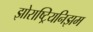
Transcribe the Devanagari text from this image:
झोराष्ट्रियनिझम